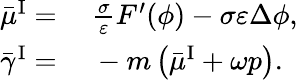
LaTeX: \begin{array}{rl}{\bar{\mu}^{\mathrm{I}}=}&{{}~\frac{\sigma}{\varepsilon}F^{\prime}(\phi)-\sigma\varepsilon\Delta\phi,}\\ {\bar{\gamma}^{\mathrm{I}}=}&{{}~-m\left(\bar{\mu}^{\mathrm{I}}+\omega p\right).}\end{array}